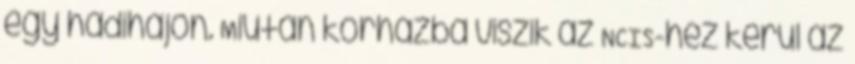
egy hadihajón. Miután kórházba viszik az NCIS-hez kerül az